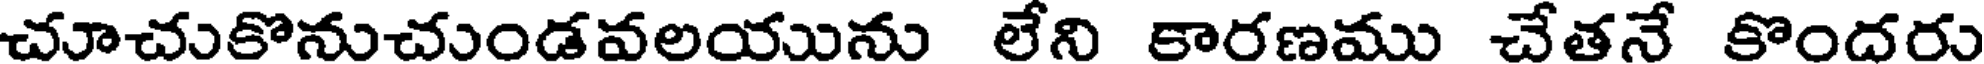
చూచుకొనుచుండవలయును లేని కారణము చేతనే కొందరు